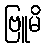
ဗြူမိ